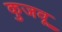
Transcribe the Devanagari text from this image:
कुजवू